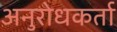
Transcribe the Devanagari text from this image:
अनुरोधकर्ता